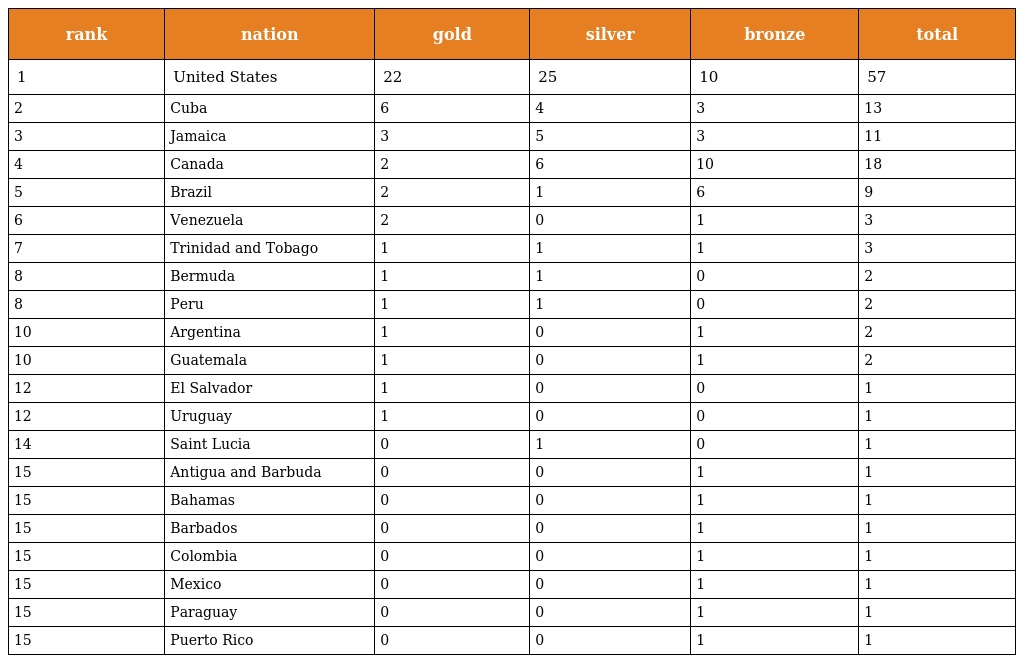
| rank | nation | gold | silver | bronze | total |
 | --- | --- | --- | --- | --- | --- |
 | 1 | United States | 22 | 25 | 10 | 57 |
 | 2 | Cuba | 6 | 4 | 3 | 13 |
 | 3 | Jamaica | 3 | 5 | 3 | 11 |
 | 4 | Canada | 2 | 6 | 10 | 18 |
 | 5 | Brazil | 2 | 1 | 6 | 9 |
 | 6 | Venezuela | 2 | 0 | 1 | 3 |
 | 7 | Trinidad and Tobago | 1 | 1 | 1 | 3 |
 | 8 | Bermuda | 1 | 1 | 0 | 2 |
 | 8 | Peru | 1 | 1 | 0 | 2 |
 | 10 | Argentina | 1 | 0 | 1 | 2 |
 | 10 | Guatemala | 1 | 0 | 1 | 2 |
 | 12 | El Salvador | 1 | 0 | 0 | 1 |
 | 12 | Uruguay | 1 | 0 | 0 | 1 |
 | 14 | Saint Lucia | 0 | 1 | 0 | 1 |
 | 15 | Antigua and Barbuda | 0 | 0 | 1 | 1 |
 | 15 | Bahamas | 0 | 0 | 1 | 1 |
 | 15 | Barbados | 0 | 0 | 1 | 1 |
 | 15 | Colombia | 0 | 0 | 1 | 1 |
 | 15 | Mexico | 0 | 0 | 1 | 1 |
 | 15 | Paraguay | 0 | 0 | 1 | 1 |
 | 15 | Puerto Rico | 0 | 0 | 1 | 1 |